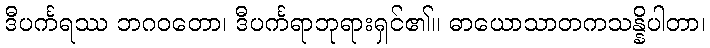
ဒီပင်္ကရဿ ဘဂဝတော၊ ဒီပင်္ကရာဘုရားရှင်၏။ ဓာယောသာတကသန္နိပါတာ၊